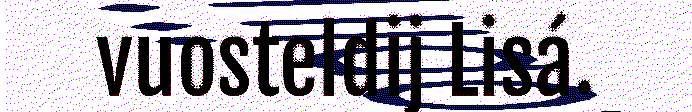
vuosteldij Lisá.